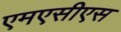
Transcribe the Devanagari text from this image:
एमएसीएस